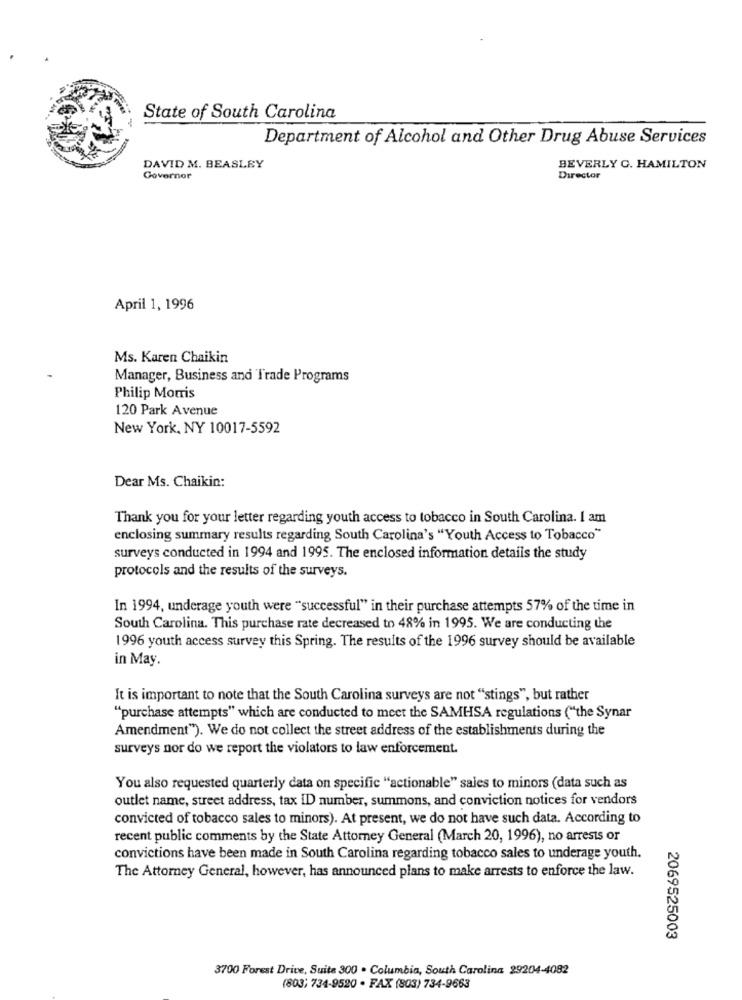
State of South Carolina
Department of Alcohol and Other Drug Abuse Services
DAVID M. BEASLEY
BEVERLY G. HAMILTON
Governor
Director
April 1, 1996
Ms. Karen Chaikin
Manager, Business and Trade Programs
Philip Morris
120 Park Avenue
New York, NY 10017-5592
Dear Ms. Chaikin:
Thank you for your letter regarding youth access to tobacco in South Carolina. I am
enclosing summary results regarding South Carolina's "Youth Access to Tobacco"
surveys conducted in 1994 and 1995. The enclosed information details the study
protocols and the results of the surveys.
In 1994, underage youth were "successful" in their purchase attempts 57% of the time in
South Carolina. This purchase rate decreased to 48% in 1995. We are conducting the
1996 youth access survey this Spring. The results of the 1996 survey should be available
in May.
It is important to note that the South Carolina surveys are not "stings", but rather
"purchase attempts" which are conducted to meet the SAMHSA regulations ("the Synar
Amendment"). We do not collect the street address of the establishments during the
surveys nor do we report the violators to law enforcement.
You also requested quarterly data on specific "actionable" sales to minors (data such as
outlet name, street address, tax ID number, summons, and conviction notices for vendors
convicted of tobacco sales to minors). At present, we do not have such data. According to
recent public comments by the State Attorney General (March 20, 1996), no arrests or
convictions have been made in South Carolina regarding tobacco sales to underage youth.
The Attorney General, however, has announced plans to make arrests to enforce the law.
2069525003
3700 Forest Drive, Suite 300 . Columbia, South Carolina 29204-4082
(803) 734-9520 . FAX (803) 734-9663